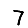
Digit: 7